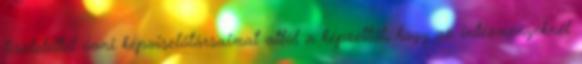
tisztelettel óvni képviselőtársaimat attól a képzettől, hogy az intézményeknél